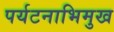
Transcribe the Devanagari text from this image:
पर्यटनाभिमुख